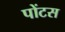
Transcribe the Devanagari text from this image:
पोंटस